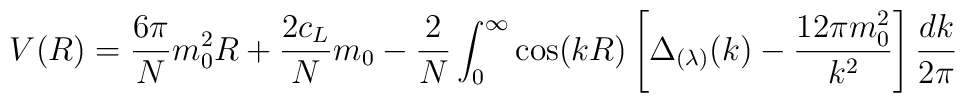
V(R)=\frac{6\pi }Nm_0^2R+\frac{2c_L}Nm_0-\frac 2N\int_0^\infty \cos(kR) \left[ \Delta _{(\lambda )}(k)-\frac{12\pi m_0^2}{k^2} \right] \frac{dk}{2\pi }